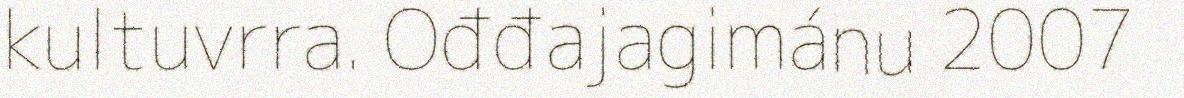
kultuvrra. Ođđajagimánu 2007